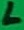
Text: L